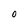
Character: o